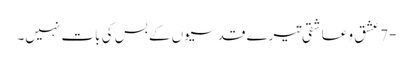
-7 عشق و عاشقی تیرے قدسیوں کے بس کی بات نہیں۔